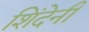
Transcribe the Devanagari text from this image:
शिंदेनी